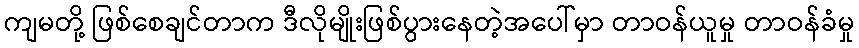
ကျမတို့ ဖြစ်စေချင်တာက ဒီလိုမျိုးဖြစ်ပွားနေတဲ့အပေါ်မှာ တာဝန်ယူမှု တာဝန်ခံမှု